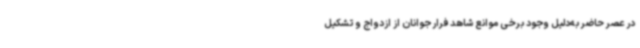
در عصر حاضر به‌دلیل وجود برخی موانع شاهد فرار جوانان از ازدواج و تشکیل